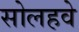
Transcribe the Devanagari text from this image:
सोलहवे